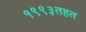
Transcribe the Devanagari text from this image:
१९९३तहत